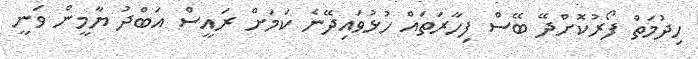
ހިދުމަތް ފޯރުކޮށްދޭ ބޭސް ފިހާރަތައް ހުޅުވައިދޭނެ ކަމަށް ރައީސް އަބްދު ޔާމީން ވަނީ